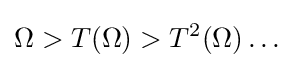
\Omega >T(\Omega )>T^{2}(\Omega )\ldots